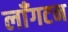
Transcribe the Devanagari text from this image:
लाँगटन